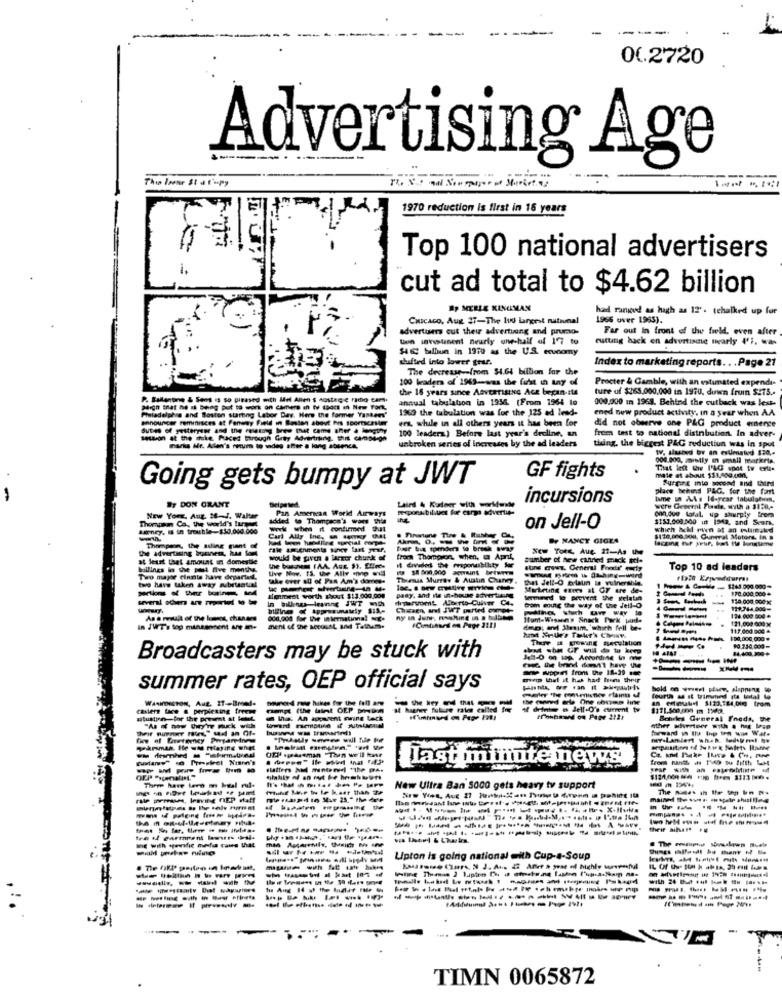
--.
--
00.2720
Advertising Age
1970 reduction is first in 15 years
Top 100 national advertisers
i.
cut ad total to $4.62 billion
BP MERLE KINGMAN
had ranged as hagth as 12'. tchalked up fur
CHICAco, Aug 27-The 10 largest national
1966 over 1963).
advertisers cut their adverttung and prumo-
Far out In front of the field. even after
ten invistanent neurly one-half of 17 to
eutung back en advertising nearly 1'i, wa-
H& billion in 1970 as the U.S. economy
shifted into lover geur.
Index to marketing reports. . . Page 21
The decrease -- from $4.64 billion for the
100 leaders of 1969-was the first in any of
Procter & Gamble, with an estimated expendi-
the 16 years since Aavcarisso Ace began.sta
ture of $265.000,000 in 1970, duwn fruin $275 .-
P. Ballenone & Sons is so pleased mich Mel Anen $ sostage rico tam.
annual tabulation in 1956. (From 1964 to
000.000 in 1968. Behind the cutback was lest-
Migh that he Is being put to work on camera in tv (Doc = New York,
1960 the tubulation was for the 125 ad lead-
ened new product activity, in a year when A.A
Pieladelphia and Boston starting Labor Day. Here the former Yankees'
announcer Feminisces at Fenway Field in Boston about his sportscaster
ers, while in all others years it has been for
did not observe one P&G product emerce
Sutes of yesterrene and the messung burge that came after a lengthy
100 leadera) Before last year's deuline, an
from test to national disinbution. In adver-
so at the tie facet through Grty Advertising. this campaign
unbroken series of increases by the ad leaders
thing, the biggest PAG reductiun was In sput
WV, slasind by an estimated 130 ,-
That lett the I'&G spot tv ert-
GF fights
mate et about $33,400.000,
Surging mio second and third
Going gets bumpy at JWT
place behind PAG. for the fart
incursions
time in AAs If-year tabulotuen,
By DON GRANT
Beiparted
Pan American World Airways
on0.000 tofal. up sharply from
Thomasm Ca ., the world's lurgent
New York, Aug. 28-4. Walter
added to Thompson's wow the
$153,000.500 in 1542, and Seurs,
Barney, IS in trouble-$30.000.000
wwwk whm it confumedOut
on Jell-O
which Ichl run at an estummaled
Carl Ally Inc ., a sorry GAL
NANCY GIGEN
$130,000.000, Guneral Motors, in »
the advertising bornes, kus tom
Thompson, the ailing ment of
New York, Aug. 22-As the
at least that amount in domestie
would be paren . larmer chunk of
from Thompsons when, u April,
sumber of hew cilhired mack aci-
hollings in the past five months
tive Nov. 15. uwe Ally -hp will
IS $8 800,000 apprunt betwnym
stins cows. General Fredr' ily
Top 10 ad leaders
Two major cinnts hawe departed.
take over all of Pas Am's domes.
Theis Murros & Austin Chaney.
.ITHAS BR &h aching-word
Det Jell-O prlaun le vulnerable.
two have taken away aubrtotal
- ----
Marketing enees al GF are de-
Prew & CarMe -. 1243.000.000-
170.000.000 *
Menmest worth about $13.000.000
pasy, and its in-house advertising
drarvomt Alberto Cuiver Co.
termined to peuvent the gelatin
130.000.000 X
Chiaen ard JWT perted compe-
bom mute the way of the Jell-O
..
199744 000-
As a result of the lens, chanans
Hunt-Wisun's Snack Park pod.
121.000 009 x
124 000 000*
n JUT's 500 månssonent ane mne
ment of the MeCONAL al Tathum.
117.000.000 4
100,000, 000 *
93.714.000-
14,400.309 +
Broadcasters may be stuck with
------
- sopr frons Ute 18-29 sse
---
mp that it has had frems thruir
summer rates, OEP official says
hold on wwwest planes alapping o
WAAHDISTON, Aug 27 -- Breed.
Doineed roe hakes for the fall ane
fourth as if trimuted gta total
casters face . perpiening freese
- dette . Jell-O's ciment tv
atustien-for the present at letet.
hhx: An apparent meine back
frontead on Page 212+
Bourkes General Foods, the
ethier adverteer with a hvg loan
fee of Enetemcy Porgareine
OPP spassman "Then we'll kar
Co. and Pake Ilive & Ch, me
(udany" co Preorieel Namn's
last minute news
from hanthe hs "how to fifth Lit
-- -----
There hare ler m bual nd-
New Ultra Ban 5000 gets heavy tv support
rale perrum, leaving FIEP daff
-------
their what ..
tra id garment lowres hal.
Lipton is going national with Cup-s-Soup
--------
----------
----------
--------
TIMN 0065872